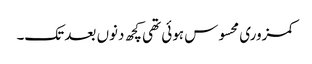
کمزوری محسوس ہوئی تھی کچھ دنوں بعد تک۔